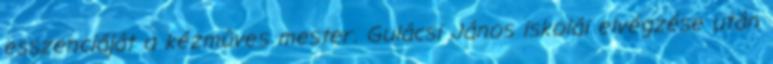
esszenciáját a kézmûves mester. Gulácsi János iskolái elvégzése után